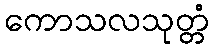
ကောသလသုတ္တံ